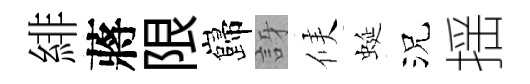
緋蔣限巋訝候蜒況揺